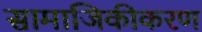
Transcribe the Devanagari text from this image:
सामाजिकीकरण